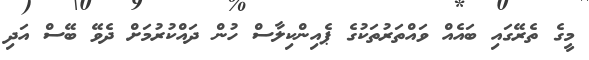
މީގެ ތެރޭގައި ބައެއް ވައްތަރުތަކުގެ ޕެއިންކިލާސް ހުން ދައްކުރުމަށް ދެވޭ ބޭސް އަދި